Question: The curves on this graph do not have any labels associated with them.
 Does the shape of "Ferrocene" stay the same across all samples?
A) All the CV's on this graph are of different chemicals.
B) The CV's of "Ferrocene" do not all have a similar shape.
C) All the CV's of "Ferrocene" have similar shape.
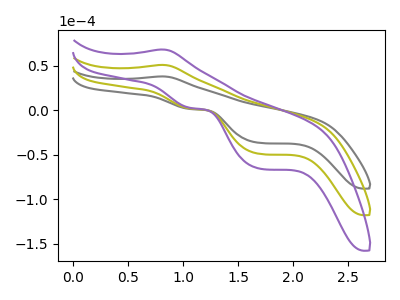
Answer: <think>The gray curve "gray" has an anodic peak at (0.80V, 38.20uA) and cathodic peaks at (1.05V, 1.45uA) (1.70V, -36.65uA). The olive curve "olive" has an anodic peak at (0.80V, 51.15uA) and cathodic peaks at (1.05V, 1.95uA) (1.70V, -49.05uA). The purple curve "purple" has an anodic peak at (0.80V, 102.35uA) and cathodic peaks at (1.05V, 3.95uA) (1.70V, -98.10uA).
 All the peaks in "gray" have a peak in "olive" at the same potential. All the peaks in "gray" have a peak in "purple" at the same potential. All the peaks in "olive" have a peak in "purple" at the same potential.</think>
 <answer>C) All the CV's of "Ferrocene" have similar shape.</answer>
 <eval>C</eval>